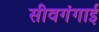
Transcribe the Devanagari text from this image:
सीवगंगाई